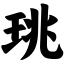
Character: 珧